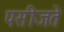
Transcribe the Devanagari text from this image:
पसीजते